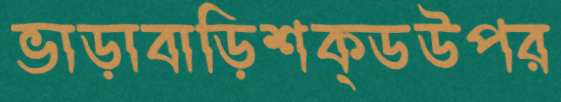
ভাড়াবাড়িশক্ডউপর